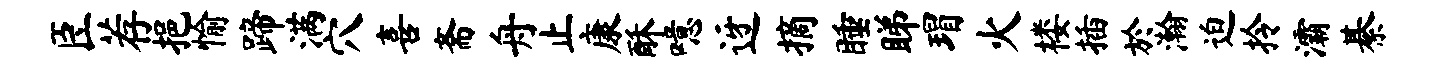
臣荐挹愉蹄满穴喜斋舟止康酥噫迓摘睡睇瑁火楼插於瀚迫拎灞綦